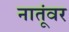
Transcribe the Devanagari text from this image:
नातूंवर